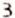
3